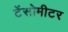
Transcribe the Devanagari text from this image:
टेंसोमीटर